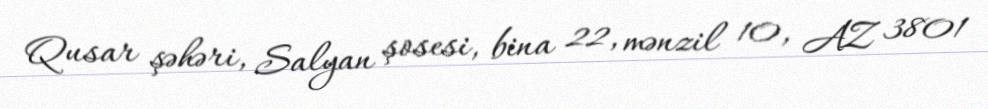
Qusar şəhəri, Salyan şosesi, bina 22, mənzil 10, AZ 3801